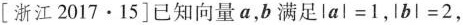
[浙江2017·15]已知向量a，b满足$$\left | a \right | = 1$$，$$\left | b \right | = 2$$，